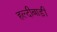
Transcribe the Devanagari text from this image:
हल्दीबाड़ी